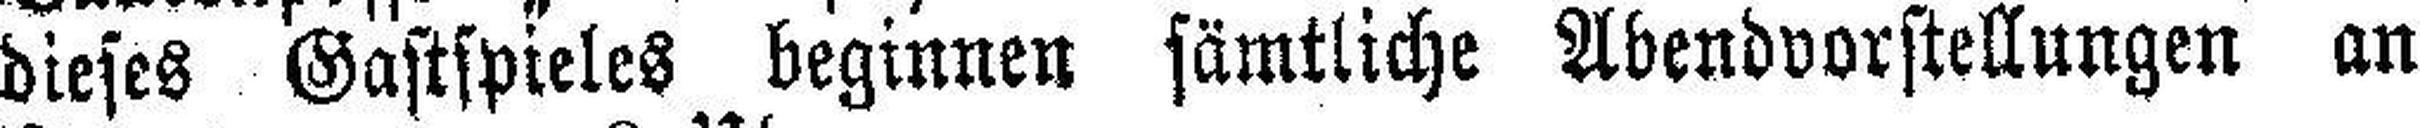
dieses Gastspieles beginnen sämtliche Abendvorstellungen an